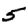
Digit: 5